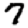
Digit: 7